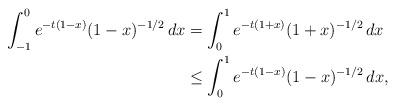
LaTeX: \begin{align*}\int_{-1}^{0}e^{-t(1-x)}(1-x)^{-1/2}\,dx&=\int_{0}^{1}e^{-t(1+x)}(1+x)^{-1/2}\,dx\\&\le \int_{0}^{1}e^{-t(1-x)}(1-x)^{-1/2}\,dx,\end{align*}